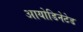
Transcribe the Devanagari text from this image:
आयोडिनेटेड